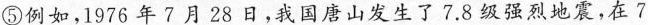
⑤例如，1976年7月28日，我国唐山发生了7.8级强烈地震，在7